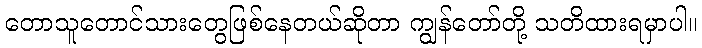
တောသူတောင်သားတွေဖြစ်နေတယ်ဆိုတာ ကျွန်တော်တို့ သတိထားရမှာပါ။